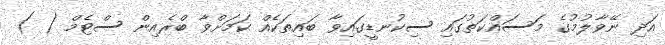
އަދި ނޭވާލުމުގެ މަސައްކަތުގައި ސިކުނޑީގައިވާ ބައިތަކެއް ކަމަށްވާ ބްރެއިން ސްޓެމް ( )